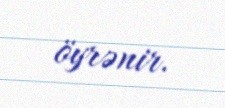
öyrənir.